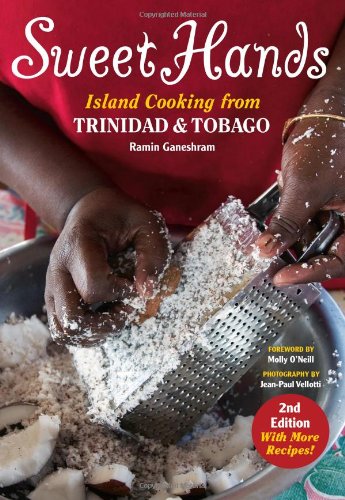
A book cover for Sweet Hands: Island Cooking from Trinidad and Tobago; Ramin Ganeshram; Cookbooks, Food & Wine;